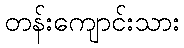
တန်းကျောင်းသား